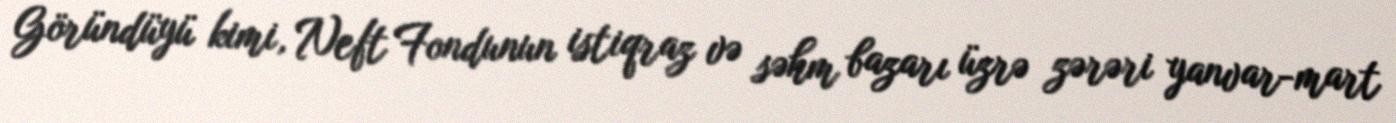
Göründüyü kimi, Neft Fondunun istiqraz və səhm bazarı üzrə zərəri yanvar-mart